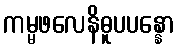
ကမ္မဖလေနိဓူပပန္နော